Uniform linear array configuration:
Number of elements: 8
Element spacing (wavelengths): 0.25
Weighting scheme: binomial
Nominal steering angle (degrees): -45
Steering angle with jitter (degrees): -43.805
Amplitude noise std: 0.05
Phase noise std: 0.05

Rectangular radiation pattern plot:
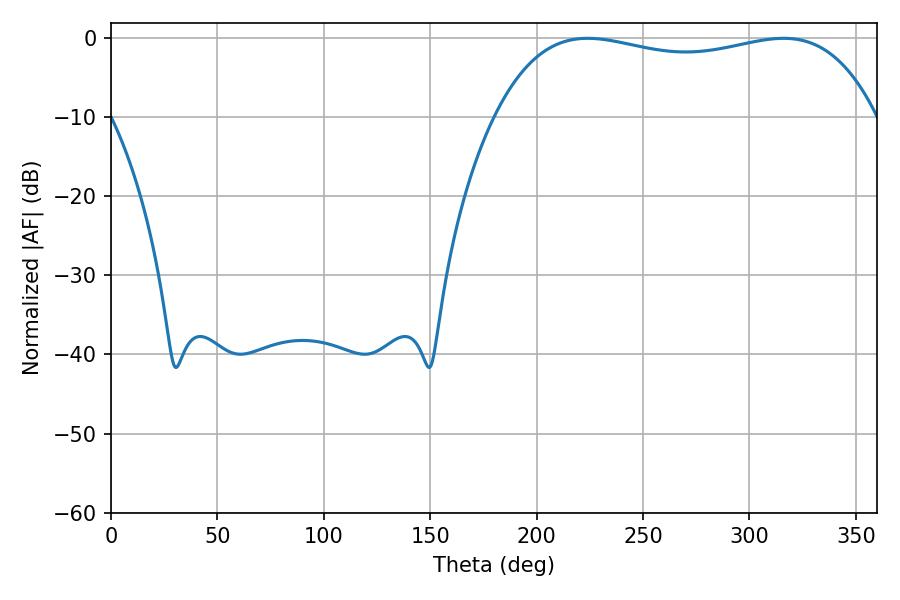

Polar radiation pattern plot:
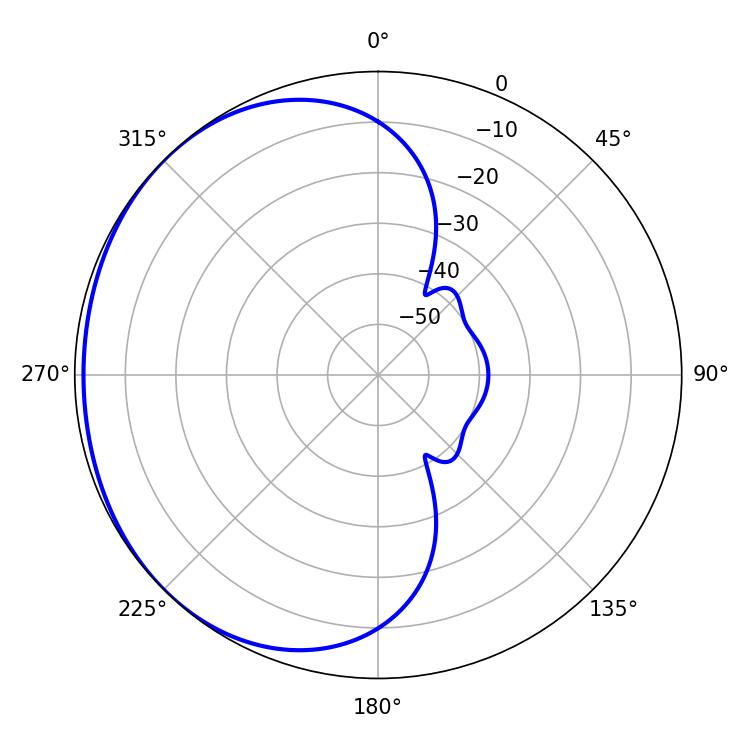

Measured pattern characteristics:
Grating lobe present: FALSE
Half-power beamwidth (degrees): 145.08
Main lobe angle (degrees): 223.92